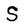
Character: S